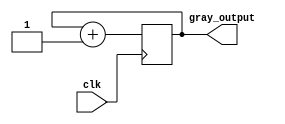
module gray_counter_divider(
    input wire clk,
    output reg [3:0] gray_output
);

reg [3:0] gray_counter;

always @(posedge clk) begin
    gray_counter <= gray_counter + 4'b1;
end

assign gray_output = gray_counter;

endmodule